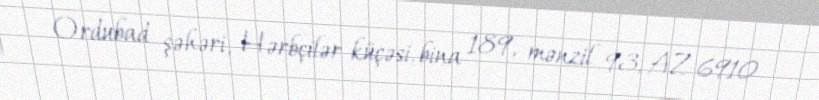
Ordubad şəhəri, Hərbçilər küçəsi, bina 189, mənzil 93, AZ 6910